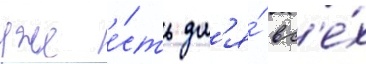
уже е́сть дл'я́ вс'е́х